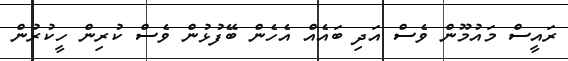
ރައީސް މައުމޫން ވެސް އަދި ބައެއް އެހެން ބޭފުޅުން ވެސް ކުރިން ހީކުރުން